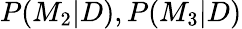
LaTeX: P(M_{2}|D),P(M_{3}|D)